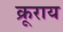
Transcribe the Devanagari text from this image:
क्रूराय